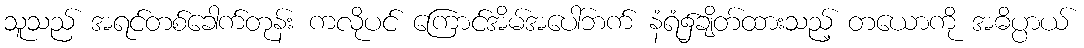
သူသည် အရင်တစ်ခေါက်တုန်း ကလိုပင် ကြောင်အိမ်အပေါ်ဘက် နံရံ၌ချိတ်ထားသည့် တယောကို အဓိပ္ပာယ်